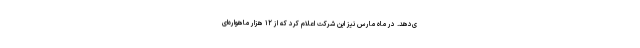
ی‌دهد. در ماه مارس نیز این شرکت اعلام کرد که از ۱۲ هزار ماهواره‌ای